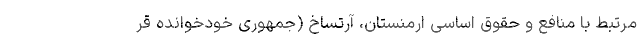
مرتبط با منافع و حقوق اساسی ارمنستان، آرتساخ (جمهوری خودخوانده قر